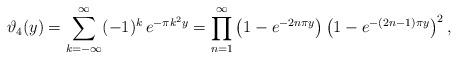
LaTeX: \begin{align*}\vartheta_4(y)=\sum_{k=-\infty}^{\infty}(-1)^k\,e^{-\pi k^2y}=\prod_{n=1}^\infty\left(1-e^{-2n\pi y}\right)\left(1-e^{-(2n-1)\pi y}\right)^2,\end{align*}